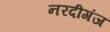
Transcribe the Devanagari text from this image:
नरदीगंज